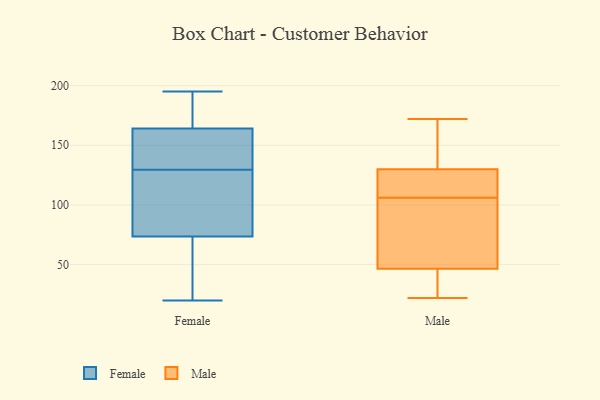
{"axis": {"x": "Bounce Rate (%)", "y": "Value"}, "legend": ["Female", "Male"], "data": [{"x": "", "y": 183, "type": "Female"}, {"x": "", "y": 50, "type": "Female"}, {"x": "", "y": 110, "type": "Female"}, {"x": "", "y": 151, "type": "Female"}, {"x": "", "y": 108, "type": "Female"}, {"x": "", "y": 127, "type": "Female"}, {"x": "", "y": 39, "type": "Female"}, {"x": "", "y": 194, "type": "Female"}, {"x": "", "y": 163, "type": "Female"}, {"x": "", "y": 161, "type": "Female"}, {"x": "", "y": 165, "type": "Female"}, {"x": "", "y": 132, "type": "Female"}, {"x": "", "y": 20, "type": "Female"}, {"x": "", "y": 195, "type": "Female"}, {"x": "", "y": 124, "type": "Female"}, {"x": "", "y": 90, "type": "Female"}, {"x": "", "y": 57, "type": "Female"}, {"x": "", "y": 177, "type": "Female"}, {"x": "", "y": 42, "type": "Female"}, {"x": "", "y": 143, "type": "Female"}, {"x": "", "y": 83, "type": "Male"}, {"x": "", "y": 134, "type": "Male"}, {"x": "", "y": 118, "type": "Male"}, {"x": "", "y": 37, "type": "Male"}, {"x": "", "y": 76, "type": "Male"}, {"x": "", "y": 148, "type": "Male"}, {"x": "", "y": 172, "type": "Male"}, {"x": "", "y": 28, "type": "Male"}, {"x": "", "y": 106, "type": "Male"}, {"x": "", "y": 75, "type": "Male"}, {"x": "", "y": 112, "type": "Male"}, {"x": "", "y": 35, "type": "Male"}, {"x": "", "y": 114, "type": "Male"}, {"x": "", "y": 135, "type": "Male"}, {"x": "", "y": 22, "type": "Male"}]}